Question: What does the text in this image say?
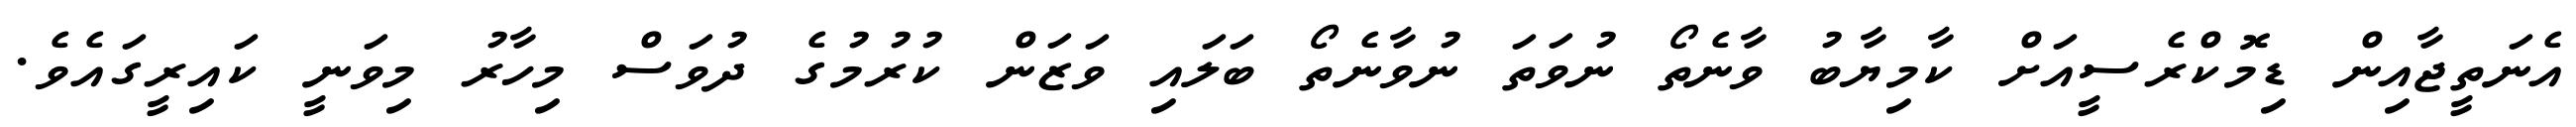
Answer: އެނަތީޖާއިން ޑިމޮކްރެސީއަށް ކާމިޔާބު ވާނެތޯ ނުވަތަ ނުވާނެތޯ ބަލައި ވަޒަން ކުރުމުގެ ދުވަސް މިހާރު މިވަނީ ކައިރީގައެވެ.